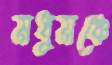
মধুমঞ্চে